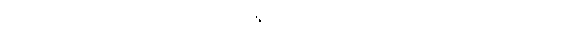
ဝတ္ထုဖြင့်လည်း၊ သံသဋ္ဌံ- ရောနှောအပ်၏။ တရတိ- ကူးသွား၏၊ စရတိ-